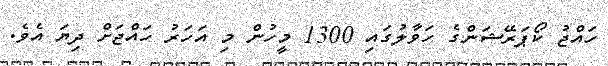
ހައްޖު ކޯޕަރޭޝަންގެ ހަވާލުގައި 1300 މީހުން މި އަހަރު ހައްޖަށް ދިޔަ އެވެ.